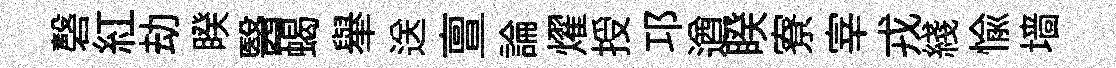
磬紅劫睽醫蝎𦦙送亶論燿授邛遒睽寮宰戎綫愉墙